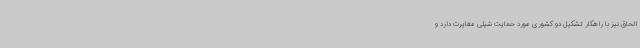
الحاق نیز با راهکار تشکیل دو کشوری مورد حمایت شیلی مغایرت دارد و